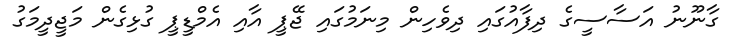
ގާނޫނު އަސާސީގެ ދިފާއުގައި ދިވެހިން މިނަމުގައި ޖޭޕީ އާއި އެމްޑީޕީ ގުޅިގެން މަޖީދީމަގު